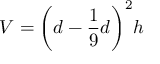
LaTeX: V = { \bigg ( } d - { \frac { 1 } { 9 } } d { \bigg ) } ^ { 2 } h